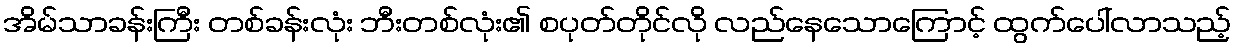
အိမ်သာခန်းကြီး တစ်ခန်းလုံး ဘီးတစ်လုံး၏ စပုတ်တိုင်လို လည်နေသောကြောင့် ထွက်ပေါ်လာသည့်